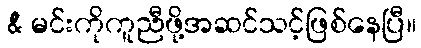
& မင်းကိုကူညီဖို့အဆင်သင့်ဖြစ်နေပြီ။